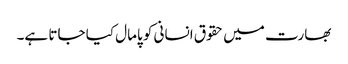
بھارت میں حقوق انسانی کو پامال کیا جاتا ہے۔